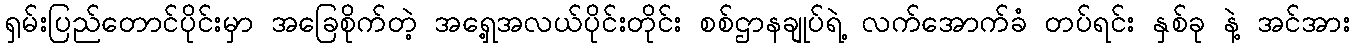
ရှမ်းပြည်တောင်ပိုင်းမှာ အခြေစိုက်တဲ့ အရှေ့အလယ်ပိုင်းတိုင်း စစ်ဌာနချုပ်ရဲ့ လက်အောက်ခံ တပ်ရင်း နှစ်ခု နဲ့ အင်အား